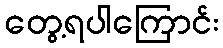
တွေ့ရပါကြောင်း